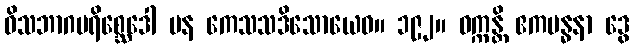
ဝိသဘာဂပရိစ္ဆေဒေါ ပန ကေသသဒိသောယေဝ။ ၁၉၂။ ဝက္ကန္တိ ဧကဗန္ဓနာ ဒွေ